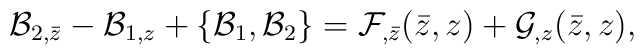
{\cal B}_{2,\bar z} - {\cal B}_{1,z} + \{ {\cal B}_1,{\cal B}_2 \} ={\cal F}_{,\bar z}(\bar z,z) + {\cal G}_{,z} (\bar z,z),